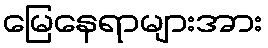
မြေနေရာများအား